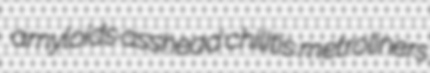
amyloids asshead chilitis metroliners